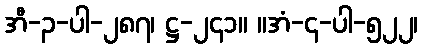
အီ-၃-ပါ-၂၈၇၊ ဋ္ဌ-၂၄၁။ ။အံ-၄-ပါ-၅၂၂၊